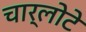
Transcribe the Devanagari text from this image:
चार्लोटे